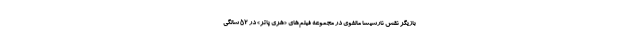
بازیگر نقش نارسیسا مالفوی در مجموعه فیلم‌های «هری پاتر» در ۵۲ سالگی